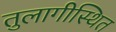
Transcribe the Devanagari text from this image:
तुलागीस्थित